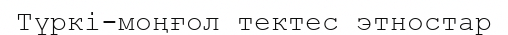
Түркі-моңғол тектес этностар